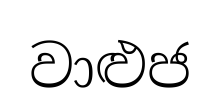
වාළුජ